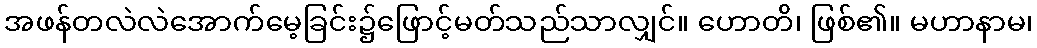
အဖန်တလဲလဲအောက်မေ့ခြင်း၌ဖြောင့်မတ်သည်သာလျှင်။ ဟောတိ၊ ဖြစ်၏။ မဟာနာမ၊